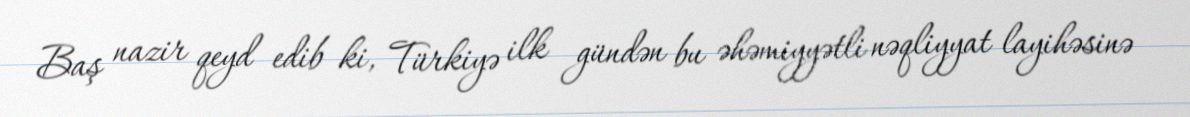
Baş nazir qeyd edib ki, Türkiyə ilk gündən bu əhəmiyyətli nəqliyyat layihəsinə